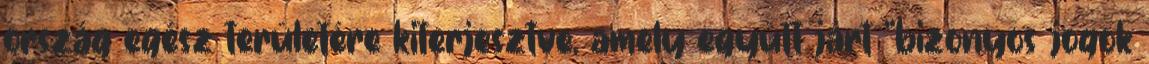
ország egész területére kiterjesztve, amely együtt járt "bizonyos jogok